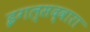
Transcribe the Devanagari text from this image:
इगल्सद्वारा